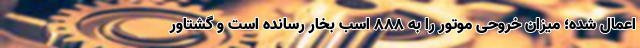
اعمال شده؛ میزان خروحی موتور را به 888 اسب بخار رسانده است و گشتاور